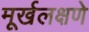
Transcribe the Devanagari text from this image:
मूर्खलक्षणे